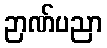
ဉာဏ်ပညာ